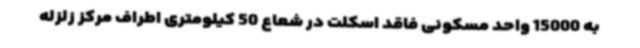
به 15000 واحد مسکونی فاقد اسکلت در شعاع 50 کیلومتری اطراف مرکز زلزله